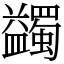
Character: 蠲